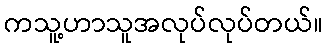
ကသူ့ဟာသူအလုပ်လုပ်တယ်။